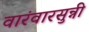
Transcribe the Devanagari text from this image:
वारंवारसुन्नी